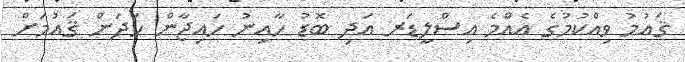
ޤައުމު ވިއްކުމުގެ އެއްމެ އިސްލީޑަރ އަދި ބޮޑު ހާއިނު ހައިޖާން ހަދަން ޤައުމަށް